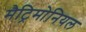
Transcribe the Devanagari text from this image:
मैट्रिमोनियल